Senior Leaving Certificate Examination (including Day School Certificate (Higher) General paper), 1950
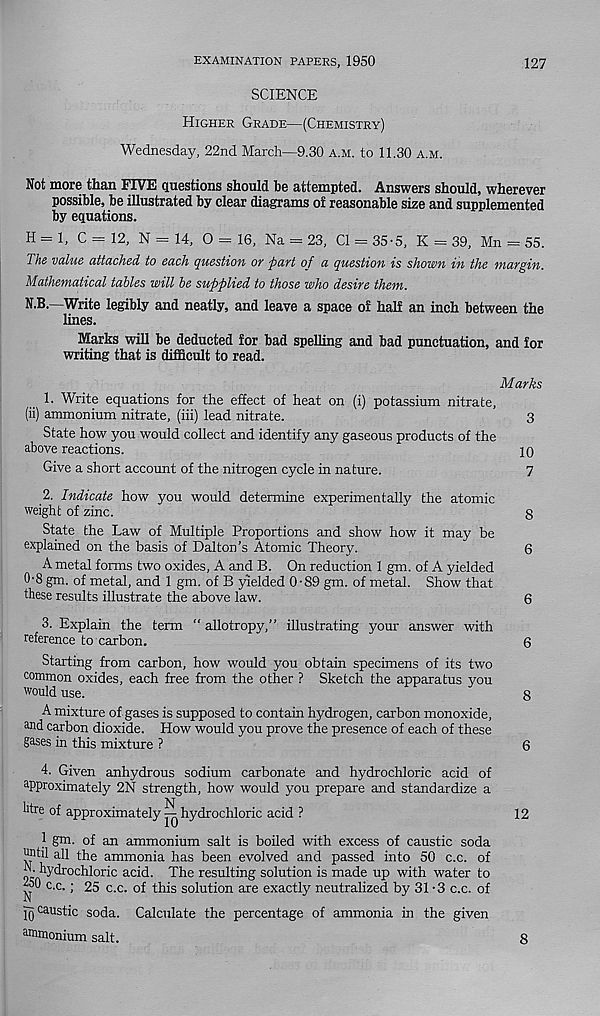
EXAMINATION PAPERS, 1950
127
SCIENCE
Higher Grade—(Chemistry)
Wednesday, 22nd March—9.30 a.m. to 11.30 a.m.
Not more than FIVE questions should he attempted. Answers should, wherever
possible, be illustrated by clear diagrams of reasonable size and supplemented
by equations.
H = 1, C = 12, N — 14, O = 16, Na = 23, Cl = 35-5, K = 39, Mn - 55.
Ths value attached to each question oy puyt of a question is shown in the maYgin.
Mathematical tables will be supplied to those who desive them.
N.B.—Write legibly and neatly, and leave a space of half an inch between the
lines.
Marks will be deducted for bad spelling and bad punctuation, and for
writing that is difficult to read.
Marks
1. Write equations for the effect of heat on (i) potassium nitrate,
(ii) ammonium nitrate, (iii) lead nitrate.
3
State how you would collect and identify any gaseous products of the
above reactions.
10
Give a short account of the nitrogen cycle in nature.
7
2. Indicate how you would determine experimentally the atomic
weight of zinc.
8
State the Law of Multiple Proportions and show how it may be
explained on the basis of Dalton’s Atomic Theory.
6
A metal forms two oxides, A and B. On reduction 1 gm. of A yielded
0-8 gm. of metal, and 1 gm. of B yielded 0-89 gm. of metal. Show that
these results illustrate the above law.
6
3. Explain the term “allotropy,” illustrating your answer with
reference to carbon.
6
Starting from carbon, how would you obtain specimens of its two
common oxides, each free from the other ? Sketch the apparatus you
would use.
8
A mixture of gases is supposed to contain hydrogen, carbon monoxide,
and carbon dioxide. How would you prove the presence of each of these
gases in this mixture ?
6
4. Given anhydrous sodium carbonate and hydrochloric acid of
approximately 2N strength, how would you prepare and standardize a
htre of approximately ^ hydrochloric acid ?
12
1 gm. of an ammonium salt is boiled with excess of caustic soda
nntil all the ammonia has been evolved and passed into 50 c.c. of
r; hydrochloric acid. The resulting solution is made up with water to
c.c. ; 25 c.c. of this solution are exactly neutralized by 31 -3 c.c. of
jq caustic soda. Calculate the percentage of ammonia in the given
ammonium salt.
8